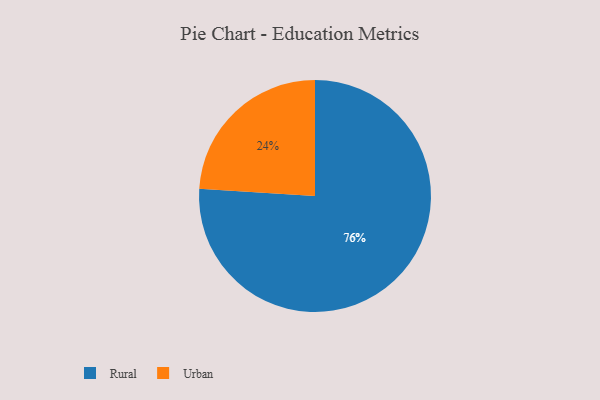
{"axis": {"x": "Category", "y": "Percentage"}, "legend": ["Rural", "Urban"], "data": [{"x": "Rural", "y": 76, "type": "Rural"}, {"x": "Urban", "y": 24, "type": "Urban"}]}